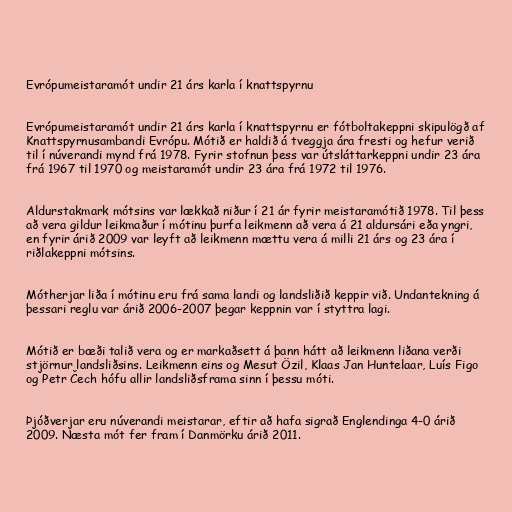
Evrópumeistaramót undir 21 árs karla í knattspyrnu

Evrópumeistaramót undir 21 árs karla í knattspyrnu er fótboltakeppni skipulögð af
Knattspyrnusambandi Evrópu. Mótið er haldið á tveggja ára fresti og hefur verið
til í núverandi mynd frá 1978. Fyrir stofnun þess var útsláttarkeppni undir 23 ára
frá 1967 til 1970 og meistaramót undir 23 ára frá 1972 til 1976.

Aldurstakmark mótsins var lækkað niður í 21 ár fyrir meistaramótið 1978. Til þess
að vera gildur leikmaður í mótinu þurfa leikmenn að vera á 21 aldursári eða yngri,
en fyrir árið 2009 var leyft að leikmenn mættu vera á milli 21 árs og 23 ára í
riðlakeppni mótsins.

Mótherjar liða í mótinu eru frá sama landi og landsliðið keppir við. Undantekning á
þessari reglu var árið 2006-2007 þegar keppnin var í styttra lagi.

Mótið er bæði talið vera og er markaðsett á þann hátt að leikmenn liðana verði
stjörnur landsliðsins. Leikmenn eins og Mesut Özil, Klaas Jan Huntelaar, Luís Figo
og Petr Čech hófu allir landsliðsframa sinn í þessu móti.

Þjóðverjar eru núverandi meistarar, eftir að hafa sigrað Englendinga 4-0 árið
2009. Næsta mót fer fram í Danmörku árið 2011.